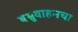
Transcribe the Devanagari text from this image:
बभ्रुवाहनचा